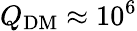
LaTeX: Q_{\mathrm{DM}}\approx 10^{6}